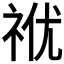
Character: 𥙜